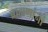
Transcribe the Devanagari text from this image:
ब्राह्मणांनां